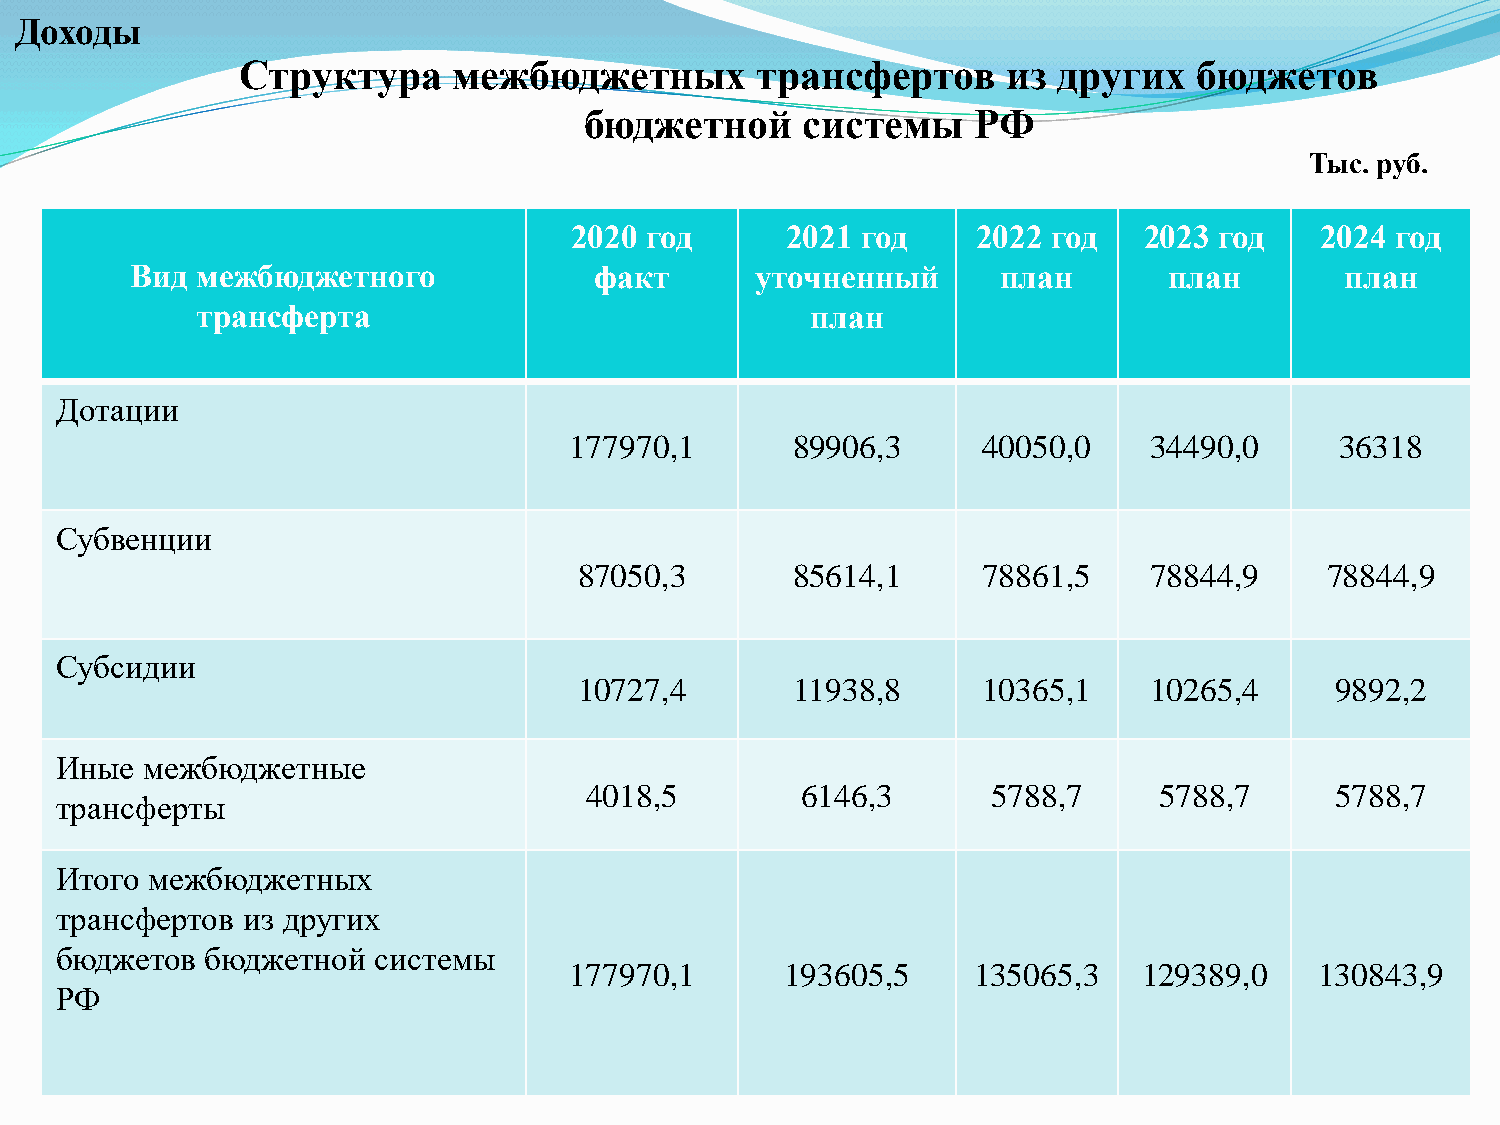
Доходы
 Структура     межбюджетных        трансфертов      из других   бюджетов
 бюджетной     системы    РФ
 Тыс. руб.
 2020 год      2021 год     2022 год   2023 год   2024 год
 Вид межбюджетного             факт       уточненный      план       план        план
 трансферта                               план
 Дотации
 177970,1      89906,3      40050,0    34490,0      36318
 Субвенции
 87050,3       85614,1      78861,5    78844,9     78844,9
 Субсидии
 10727,4        11938,8     10365,1    10265,4     9892,2
 Иные  межбюджетные
 4018,5        6146,3       5788,7     5788,7     5788,7
 трансферты
 Итого межбюджетных
 трансфертов из других
 бюджетов  бюджетной  системы
 177970,1      193605,5    135065,3    129389,0   130843,9
 РФ